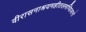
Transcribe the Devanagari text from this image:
वीरासनाश्रयमहीतलमण्डिजानो